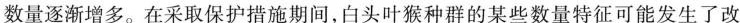
数量逐渐增多。在采取保护措施期间，白头叶猴种群的某些数量特征可能发生了改